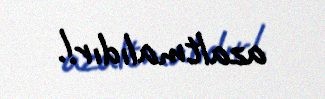
azaltmalıdır!.